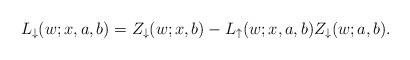
LaTeX: \begin{align*}L_{\downarrow}(w;x,a,b)= Z_\downarrow(w;x,b)-L_{\uparrow}(w;x,a,b)Z_\downarrow(w;a,b).\end{align*}